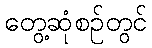
တွေ့ဆုံစဉ်တွင်